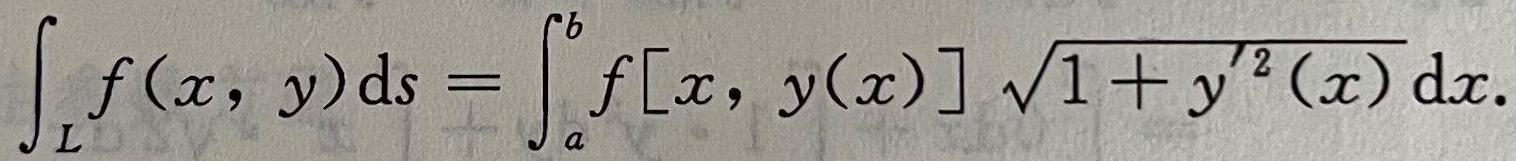
\[
\int_{L} f(x, y) \mathrm{d} s=\int_{a}^{b} f[x, y(x)] \sqrt{1+y^{\prime 2}(x)} \mathrm{d} x.
\]